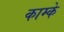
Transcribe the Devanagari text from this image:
काम्के